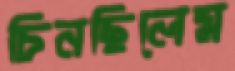
চিনছিলেম